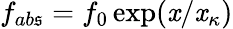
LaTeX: f_{ab\mathfrak{s}}=f_{0}\exp(\mathit{x}/\mathit{x}_{\kappa})